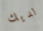
لديك